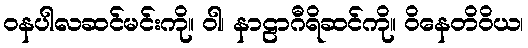
ဝနပါလဆင်မင်းကို။ ဝါ၊ နာဠာဂီရိဆင်ကို။ ဝိနေတိဝိယ၊